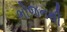
ભોજનથી